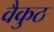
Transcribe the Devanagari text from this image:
वैकुठ